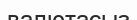
валютасыз